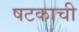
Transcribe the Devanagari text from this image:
षटकाची